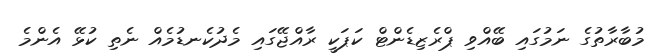
މުބާރާތުގެ ނަމުގައި ބޭއްވި ޕްރެޒިޑެންޓް ކަޕަކީ ރާއްޖޭގައި މެދުކެނޑުމެއް ނެތި ކުޅޭ އެންމެ